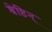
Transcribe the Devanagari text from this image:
श्रेष्ठिन्